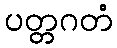
ပတ္တဂတံ